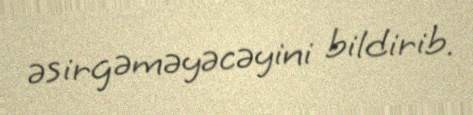
əsirgəməyəcəyini bildirib.